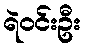
ရဲဝင်းဦး